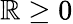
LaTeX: \mathbb{R}\geq0